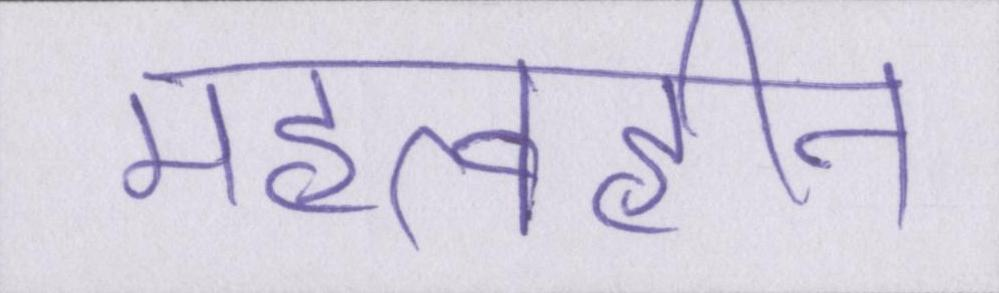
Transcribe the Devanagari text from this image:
महत्वहीन